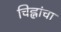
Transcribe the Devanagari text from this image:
चिह्नांचा